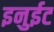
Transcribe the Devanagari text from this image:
इनुईट